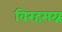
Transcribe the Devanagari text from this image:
विरहमग्न